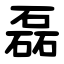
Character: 磊